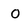
Character: O